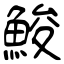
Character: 鮻